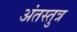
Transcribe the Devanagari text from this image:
अंतस्तुत्र